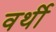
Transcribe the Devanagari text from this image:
वर्थी